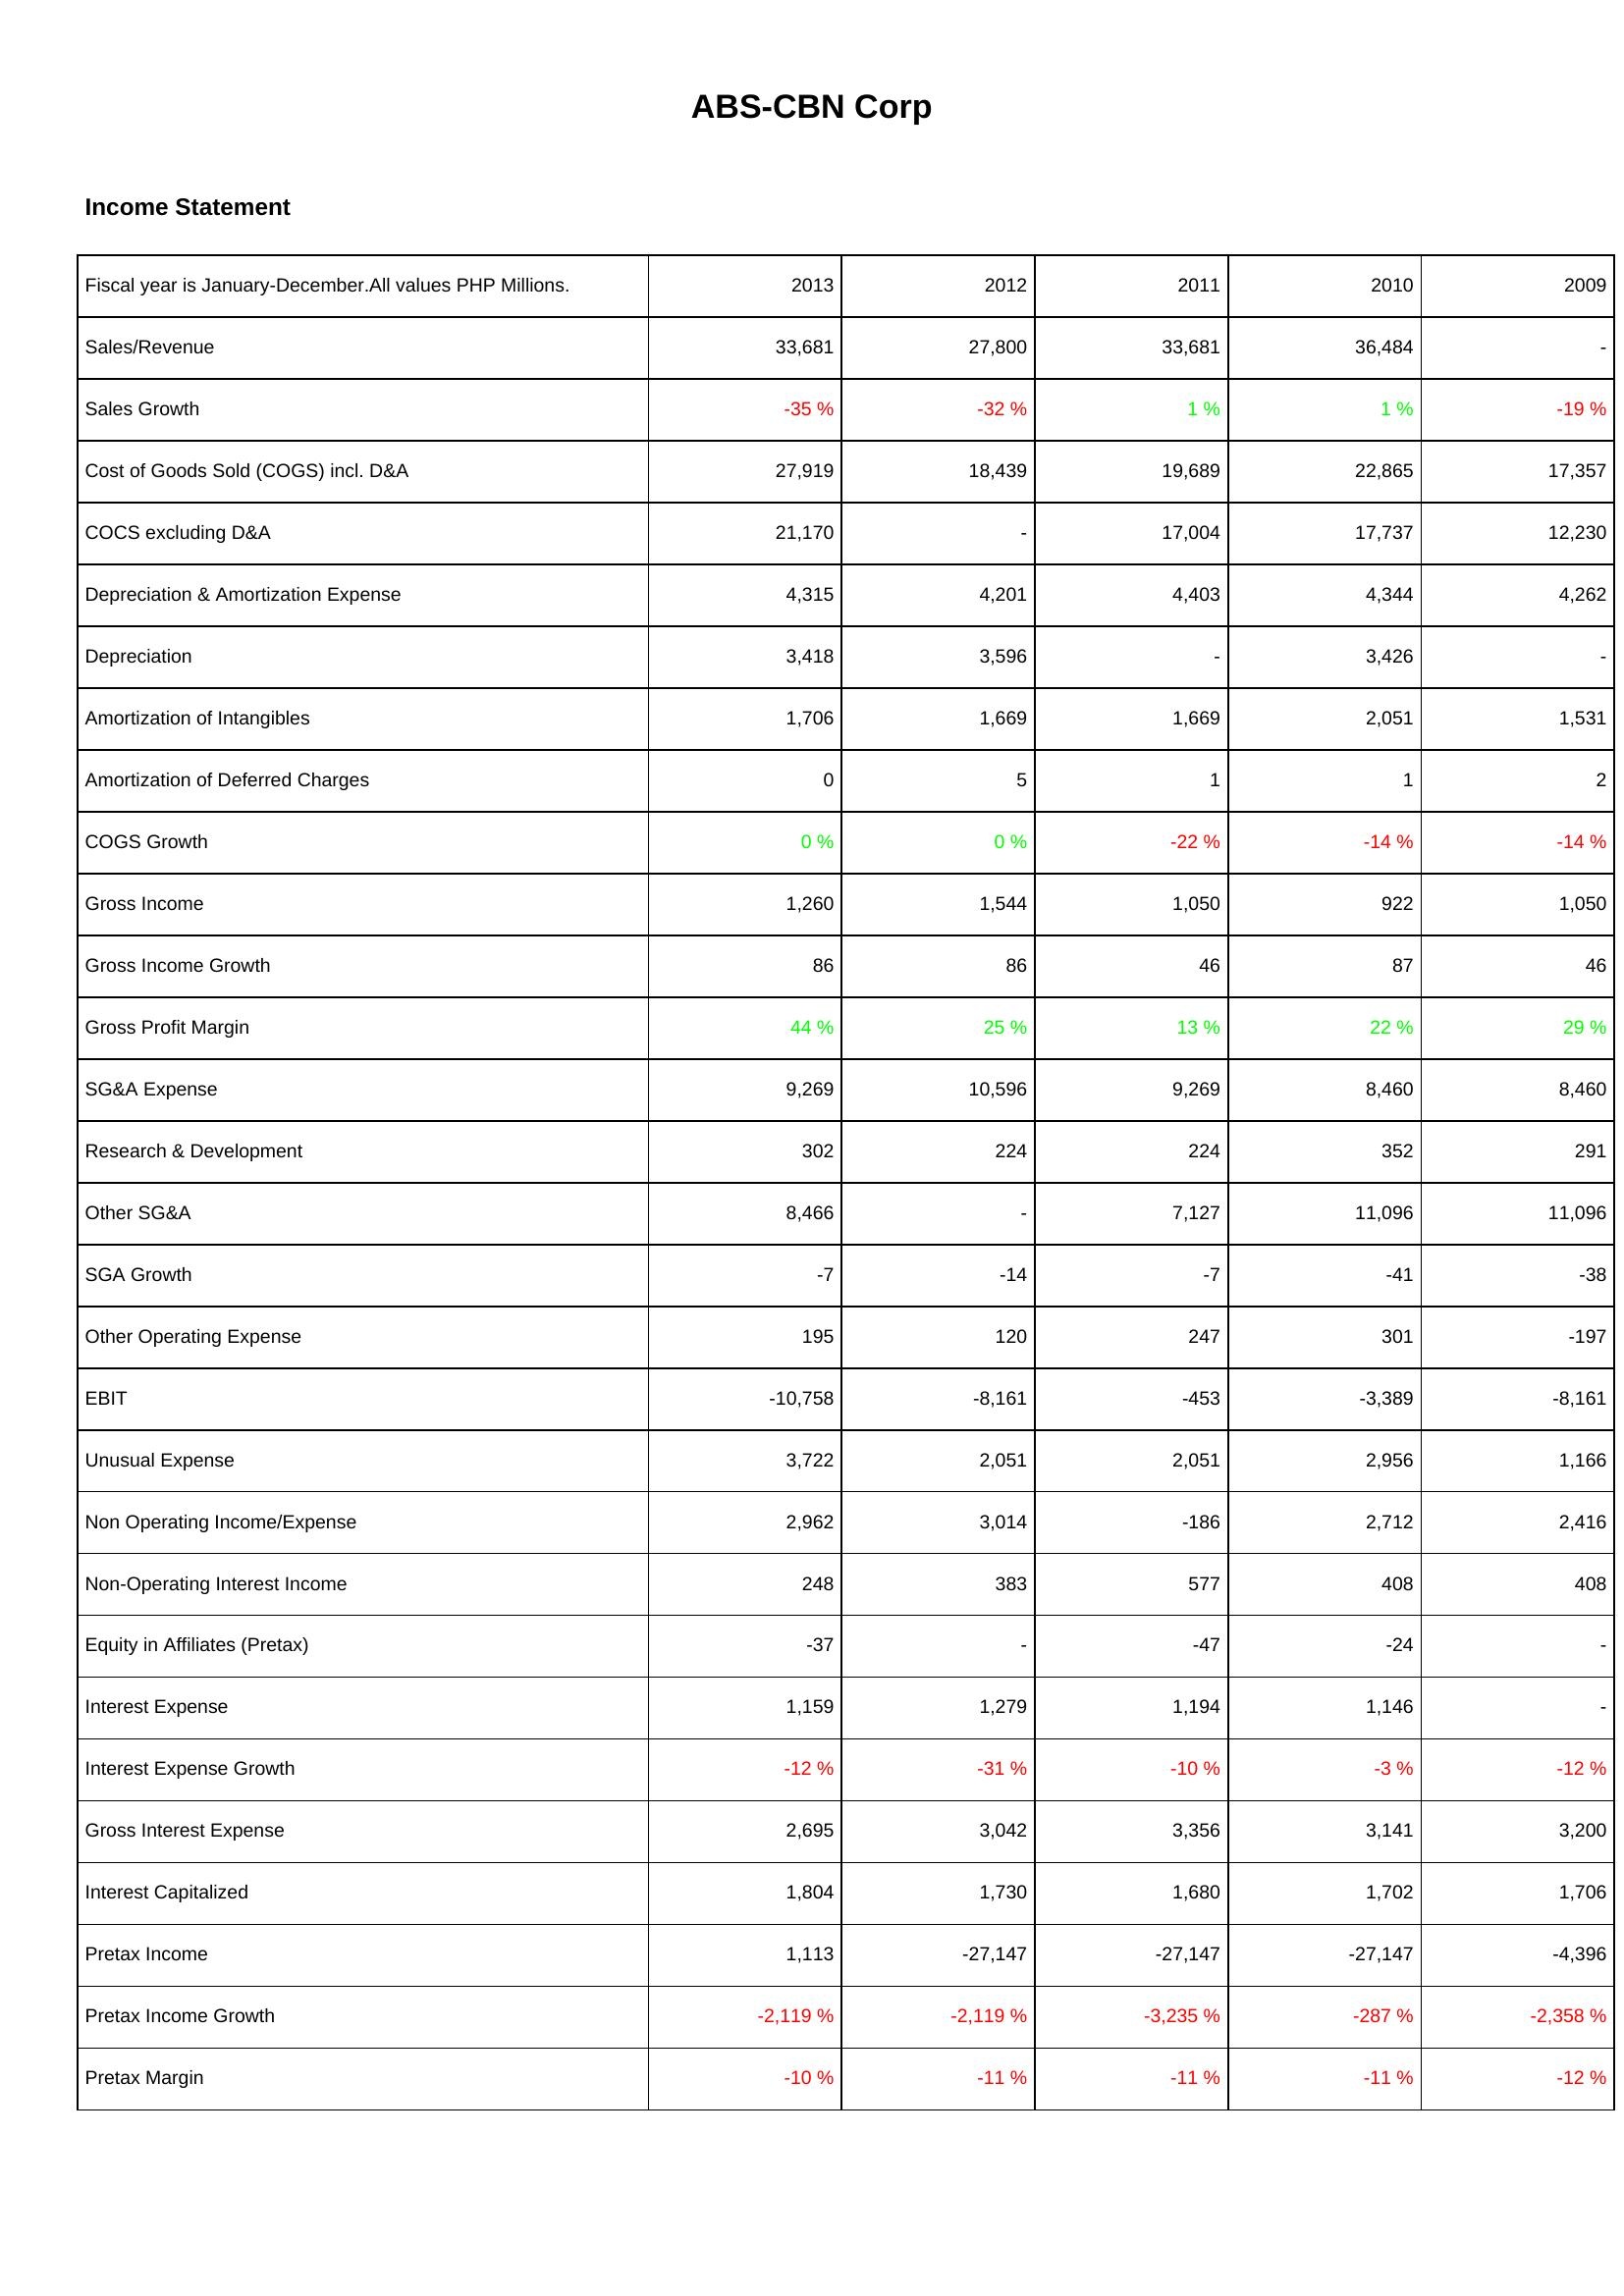
2013: Income Statement: Sales/Revenue: 33,681
Sales Growth: -35 %
Cost of Goods Sold (COGS) incl. D&A: 27,919
COCS excluding D&A: 21,170
Depreciation & Amortization Expense: 4,315
Depreciation: 3,418
Amortization of Intangibles: 1,706
Amortization of Deferred Charges: 0
COGS Growth: 0 %
Gross Income: 1,260
Gross Income Growth: 86
Gross Profit Margin: 44 %
SG&A Expense: 9,269
Research & Development: 302
Other SG&A: 8,466
SGA Growth: -7
Other Operating Expense: 195
EBIT: -10,758
Unusual Expense: 3,722
Non Operating Income/Expense: 2,962
Non-Operating Interest Income: 248
Equity in Affiliates (Pretax): -37
Interest Expense: 1,159
Interest Expense Growth: -12 %
Gross Interest Expense: 2,695
Interest Capitalized: 1,804
Pretax Income: 1,113
Pretax Income Growth: -2,119 %
Pretax Margin: -10 %
2012: Income Statement: Sales/Revenue: 27,800
Sales Growth: -32 %
Cost of Goods Sold (COGS) incl. D&A: 18,439
COCS excluding D&A: -
Depreciation & Amortization Expense: 4,201
Depreciation: 3,596
Amortization of Intangibles: 1,669
Amortization of Deferred Charges: 5
COGS Growth: 0 %
Gross Income: 1,544
Gross Income Growth: 86
Gross Profit Margin: 25 %
SG&A Expense: 10,596
Research & Development: 224
Other SG&A: -
SGA Growth: -14
Other Operating Expense: 120
EBIT: -8,161
Unusual Expense: 2,051
Non Operating Income/Expense: 3,014
Non-Operating Interest Income: 383
Equity in Affiliates (Pretax): -
Interest Expense: 1,279
Interest Expense Growth: -31 %
Gross Interest Expense: 3,042
Interest Capitalized: 1,730
Pretax Income: -27,147
Pretax Income Growth: -2,119 %
Pretax Margin: -11 %
2011: Income Statement: Sales/Revenue: 33,681
Sales Growth: 1 %
Cost of Goods Sold (COGS) incl. D&A: 19,689
COCS excluding D&A: 17,004
Depreciation & Amortization Expense: 4,403
Depreciation: -
Amortization of Intangibles: 1,669
Amortization of Deferred Charges: 1
COGS Growth: -22 %
Gross Income: 1,050
Gross Income Growth: 46
Gross Profit Margin: 13 %
SG&A Expense: 9,269
Research & Development: 224
Other SG&A: 7,127
SGA Growth: -7
Other Operating Expense: 247
EBIT: -453
Unusual Expense: 2,051
Non Operating Income/Expense: -186
Non-Operating Interest Income: 577
Equity in Affiliates (Pretax): -47
Interest Expense: 1,194
Interest Expense Growth: -10 %
Gross Interest Expense: 3,356
Interest Capitalized: 1,680
Pretax Income: -27,147
Pretax Income Growth: -3,235 %
Pretax Margin: -11 %
2010: Income Statement: Sales/Revenue: 36,484
Sales Growth: 1 %
Cost of Goods Sold (COGS) incl. D&A: 22,865
COCS excluding D&A: 17,737
Depreciation & Amortization Expense: 4,344
Depreciation: 3,426
Amortization of Intangibles: 2,051
Amortization of Deferred Charges: 1
COGS Growth: -14 %
Gross Income: 922
Gross Income Growth: 87
Gross Profit Margin: 22 %
SG&A Expense: 8,460
Research & Development: 352
Other SG&A: 11,096
SGA Growth: -41
Other Operating Expense: 301
EBIT: -3,389
Unusual Expense: 2,956
Non Operating Income/Expense: 2,712
Non-Operating Interest Income: 408
Equity in Affiliates (Pretax): -24
Interest Expense: 1,146
Interest Expense Growth: -3 %
Gross Interest Expense: 3,141
Interest Capitalized: 1,702
Pretax Income: -27,147
Pretax Income Growth: -287 %
Pretax Margin: -11 %
2009: Income Statement: Sales/Revenue: -
Sales Growth: -19 %
Cost of Goods Sold (COGS) incl. D&A: 17,357
COCS excluding D&A: 12,230
Depreciation & Amortization Expense: 4,262
Depreciation: -
Amortization of Intangibles: 1,531
Amortization of Deferred Charges: 2
COGS Growth: -14 %
Gross Income: 1,050
Gross Income Growth: 46
Gross Profit Margin: 29 %
SG&A Expense: 8,460
Research & Development: 291
Other SG&A: 11,096
SGA Growth: -38
Other Operating Expense: -197
EBIT: -8,161
Unusual Expense: 1,166
Non Operating Income/Expense: 2,416
Non-Operating Interest Income: 408
Equity in Affiliates (Pretax): -
Interest Expense: -
Interest Expense Growth: -12 %
Gross Interest Expense: 3,200
Interest Capitalized: 1,706
Pretax Income: -4,396
Pretax Income Growth: -2,358 %
Pretax Margin: -12 %